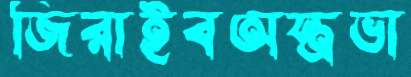
জিরাইবঅস্ত্রভা